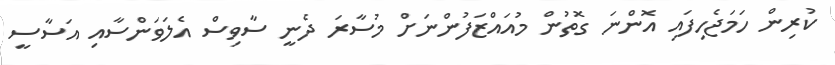
ކުރިން ހަމަޖެހިފައި އޮންނަ ގޮތުން މުއައްޒަފުންނަށް މުސާރަ ދެނީ ސާވިސް އެލަވަންސާއި އަސާސީ